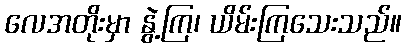
လေအတိုးမှာ နွဲ့ကြ၊ ယိမ်းကြသေးသည်။